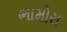
ભામોરા